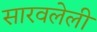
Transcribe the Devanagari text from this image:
सारवलेली